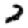
Digit: 2